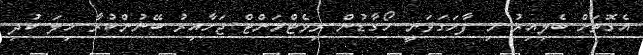
އެގޮތަށް ބެލިއިރު މި ފާހަަގަވަނީ ހޯގާޑުން ރިވެޓްމަންޓް ޖަހާއިރު ބޭނުންކުރާ ހިލަ ކުދި